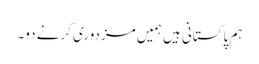
ہم پاکستانی ہیں ہمیں مزدوری کرنے دو۔